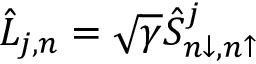
\hat { L } _ { j , n } = \sqrt { \gamma } \hat { S } _ { n \downarrow , n \uparrow } ^ { j }